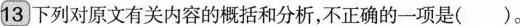
13．下列对原文有关内容的概括与分析，不正确的一项是（）